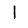
Digit: 1